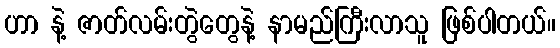
ဟာ နဲ့ ဇာတ်လမ်းတွဲတွေနဲ့ နာမည်ကြီးလာသူ ဖြစ်ပါတယ်။